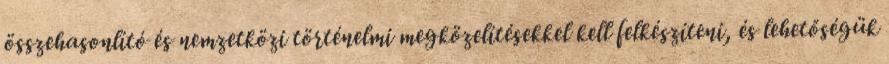
összehasonlító és nemzetközi történelmi megközelítésekkel kell felkészíteni, és lehetőségük